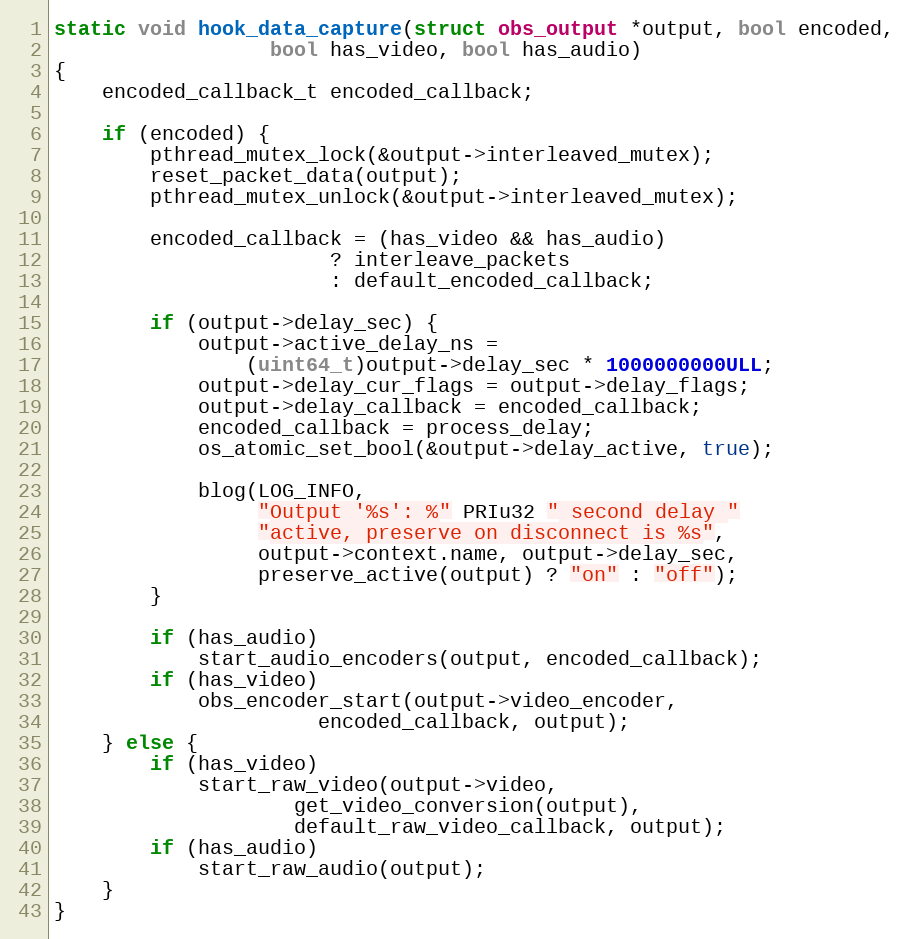
Language: C
static void hook_data_capture(struct obs_output *output, bool encoded,
			      bool has_video, bool has_audio)
{
	encoded_callback_t encoded_callback;

	if (encoded) {
		pthread_mutex_lock(&output->interleaved_mutex);
		reset_packet_data(output);
		pthread_mutex_unlock(&output->interleaved_mutex);

		encoded_callback = (has_video && has_audio)
					   ? interleave_packets
					   : default_encoded_callback;

		if (output->delay_sec) {
			output->active_delay_ns =
				(uint64_t)output->delay_sec * 1000000000ULL;
			output->delay_cur_flags = output->delay_flags;
			output->delay_callback = encoded_callback;
			encoded_callback = process_delay;
			os_atomic_set_bool(&output->delay_active, true);

			blog(LOG_INFO,
			     "Output '%s': %" PRIu32 " second delay "
			     "active, preserve on disconnect is %s",
			     output->context.name, output->delay_sec,
			     preserve_active(output) ? "on" : "off");
		}

		if (has_audio)
			start_audio_encoders(output, encoded_callback);
		if (has_video)
			obs_encoder_start(output->video_encoder,
					  encoded_callback, output);
	} else {
		if (has_video)
			start_raw_video(output->video,
					get_video_conversion(output),
					default_raw_video_callback, output);
		if (has_audio)
			start_raw_audio(output);
	}
}